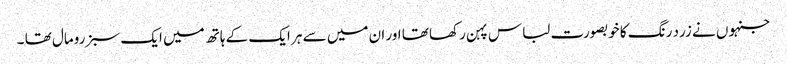
جنہوں نے زرد رنگ کا خوبصورت لباس پہن رکھا تھا اور ان میں سے ہر ایک کے ہاتھ میں ایک سبز رومال تھا ۔